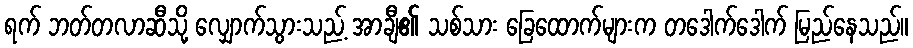
ရက် ဘတ်တလာဆီသို့ လျှောက်သွားသည့် အာချီ၏ သစ်သား ခြေထောက်များက တဒေါက်ဒေါက် မြည်နေသည်။